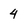
Character: 4